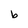
Character: b